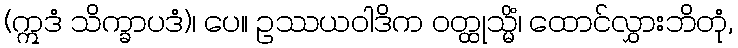
(ဣဒံ သိက္ခာပဒံ)၊ ပေ။ ဥဿယဝါဒိက ဝတ္ထုသ္မိံ၊ ထောင်လွှားဘိတုံ,